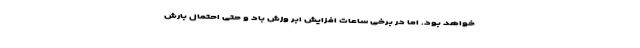
خواهد بود. اما در برخی ساعات افزایش ابر وزش باد و حتی احتمال بارش